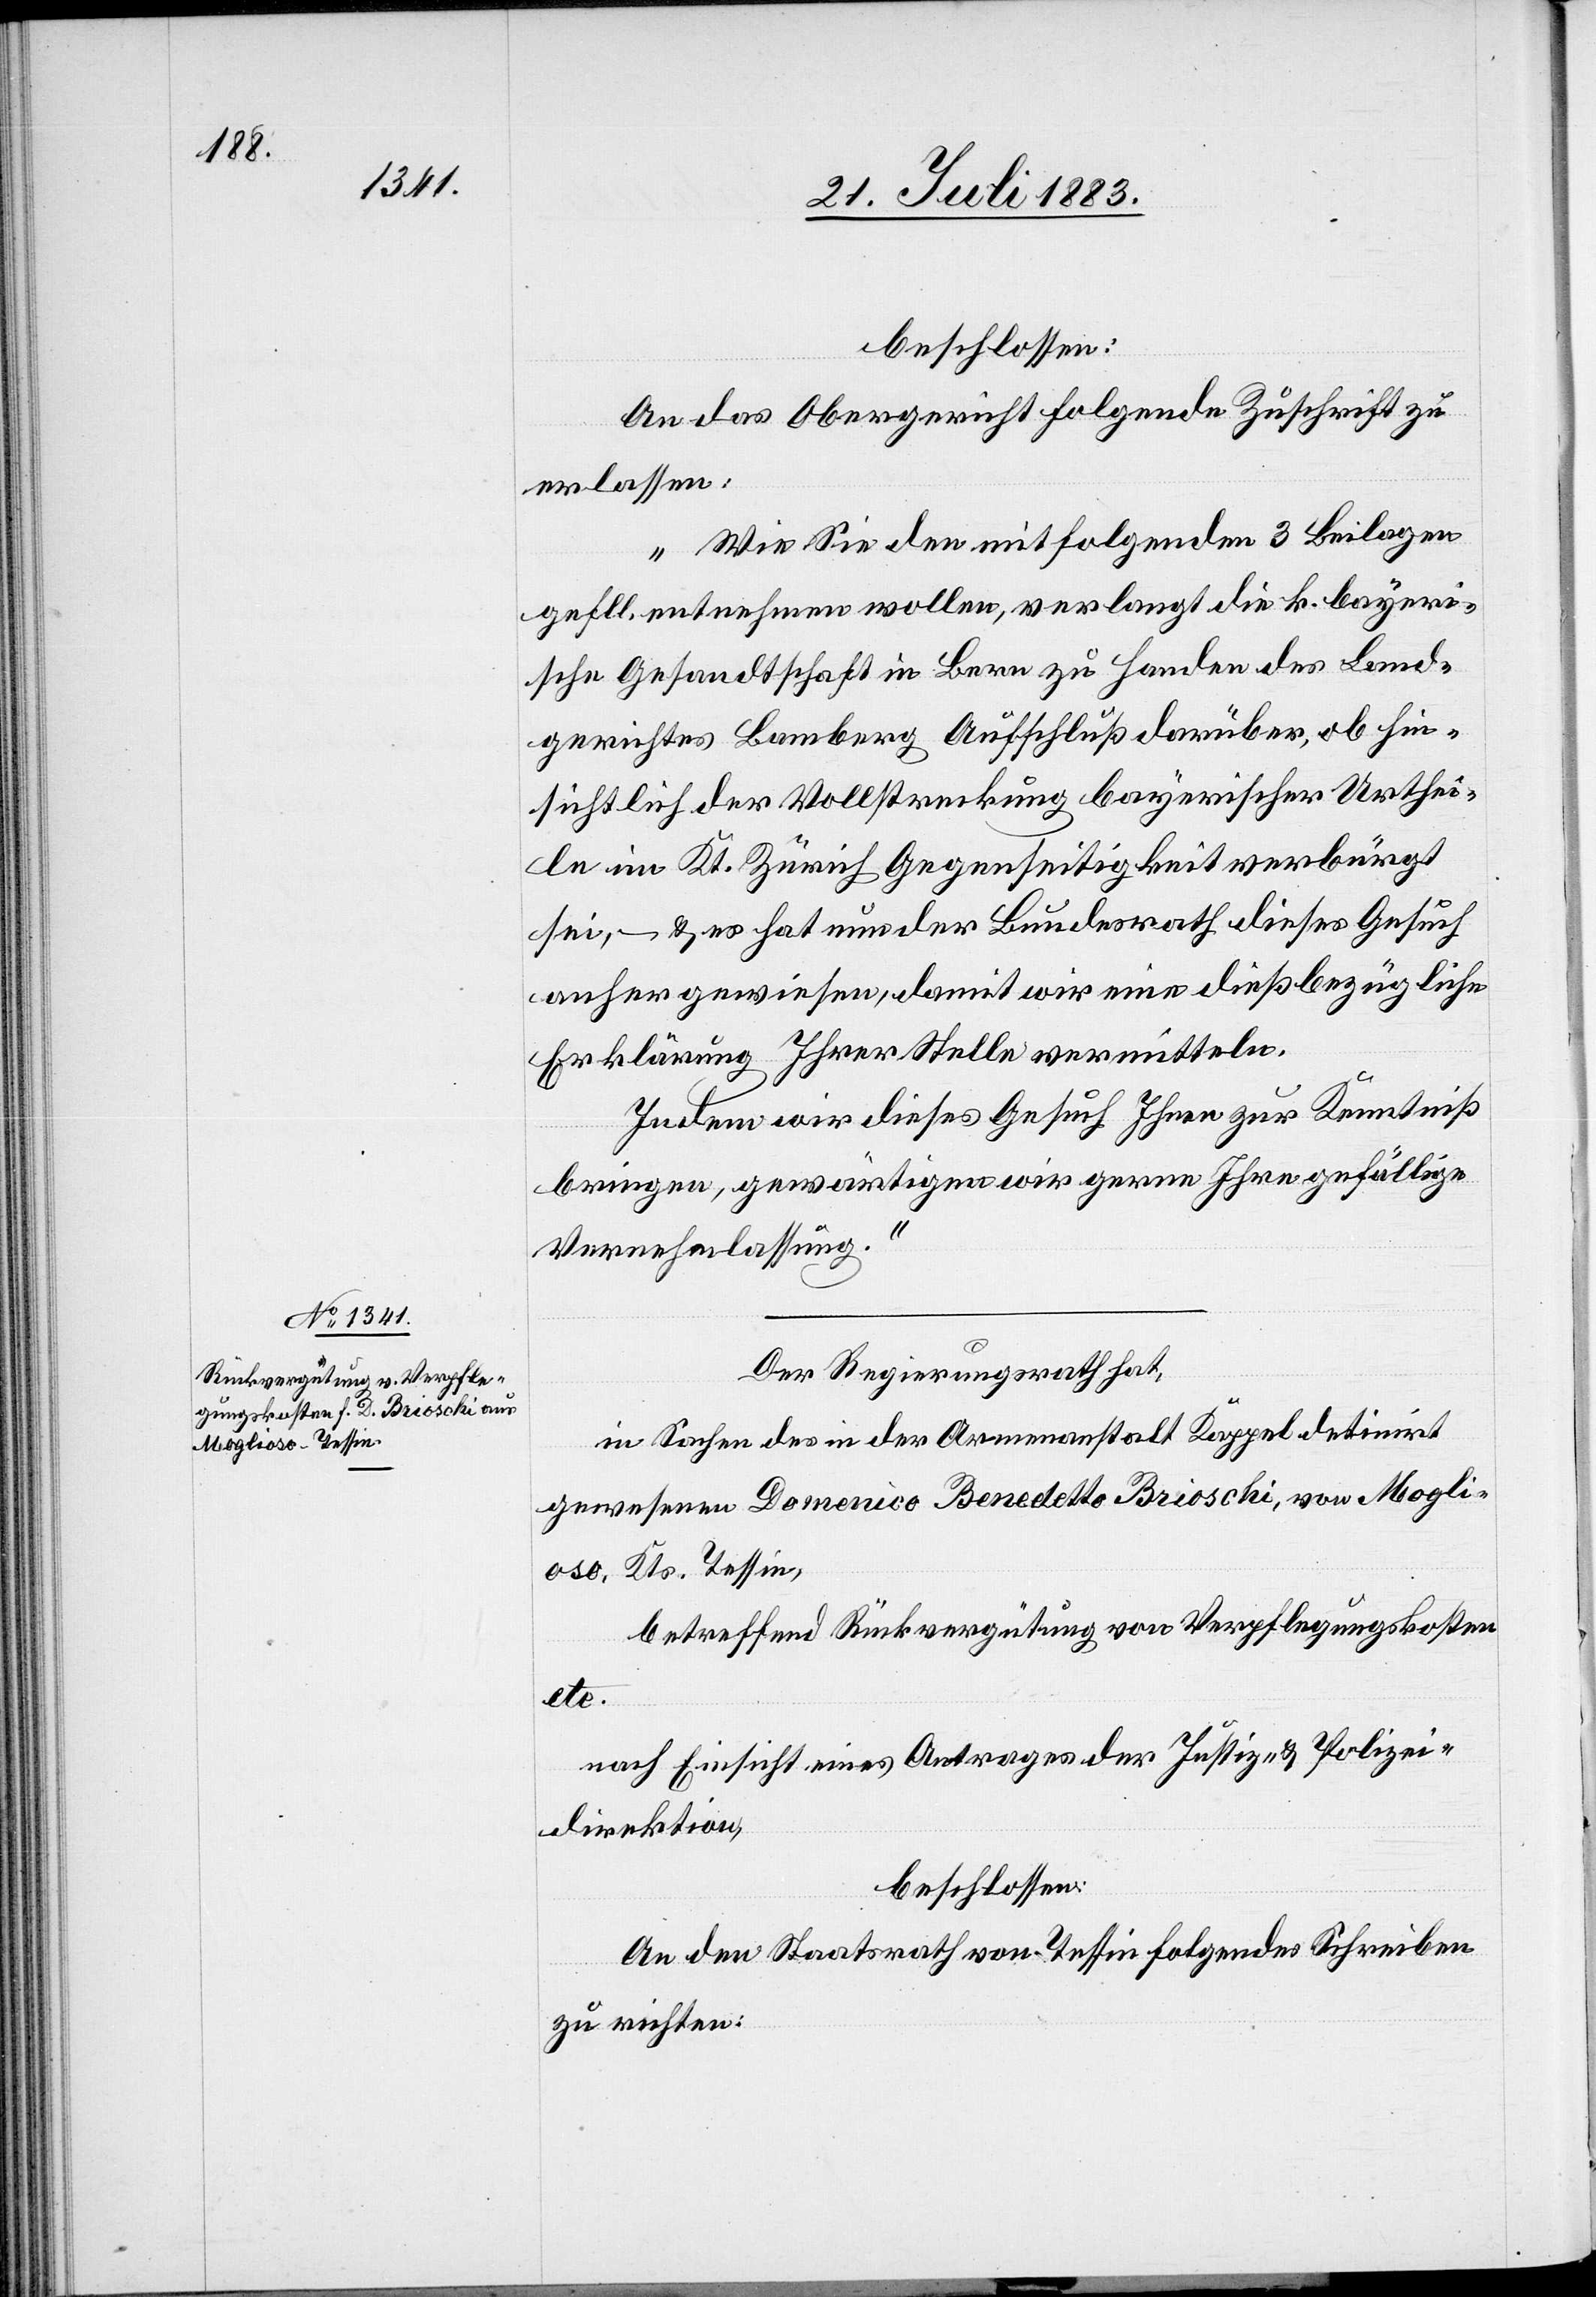
beschlossen:
An das Obergericht folgende Zuschrift zu
erlassen:
„Wie Sie den mitfolgenden 3 Beilagen
gefl. entnehmen wollen, verlangt die k. bayeri¬
sche Gesandtschaft in Bern zu Handen des Land¬
gerichts Bamberg Aufschluß darüber, ob hin¬
sichtlich der Vollstreckung bayerischer Urthei¬
le im Kt. Zürich Gegenseitigkeit verbürgt
sei, – & es hat nun der Bundesrath dieses Gesuch
anher gewiesen, damit wir eine dießbezügliche
Erklärung Ihrer Stelle vermitteln.
Indem wir dieses Gesuch Ihnen zur Kenntniß
bringen, gewärtigen wir gerne Ihre gefällige
Vernehmlassung.“
Der Regierungsrath hat,
in Sachen des in der Armenanstalt Kappel detinirt
gewesenen Domenico Benedetto Brioschi, von Mogli¬
oso, Kts. Tessin,
betreffend Rückvergütung von Verpflegungskosten
etc.
nach Einsicht eines Antrages der Justiz- & Polizei¬
direktion,
beschlossen:
An den Staatsrath von Tessin folgendes Schreiben
zu richten: